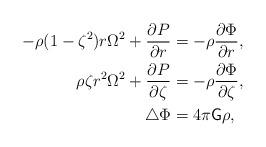
LaTeX: \begin{align*}-\rho(1-\zeta^2)r\Omega^2+\frac{\partial P}{\partial r}&=-\rho\frac{\partial\Phi}{\partial r},\\\rho\zeta r^2\Omega^2+\frac{\partial P}{\partial\zeta}&=-\rho\frac{\partial\Phi}{\partial\zeta}, \\\triangle\Phi&=4\pi\mathsf{G}\rho,\end{align*}